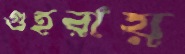
গুহরায়